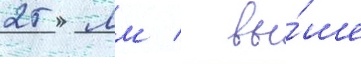
25 мм / вы́ше